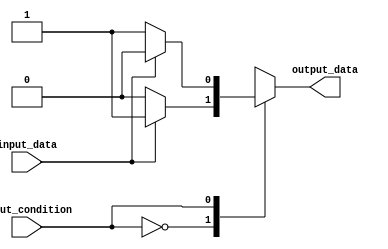
module case_statement_with_if_else (
    input input_condition,
    input input_data,
    output reg output_data
);

always @* begin
    case (input_condition)
        2'b00: begin
            if (input_data == 1'b0) begin
                output_data <= 1'b0;
            end
            else begin
                output_data <= 1'b1;
            end
        end
        2'b01: begin
            if (input_data == 1'b0) begin
                output_data <= 1'b1;
            end
            else begin
                output_data <= 1'b0;
            end
        end
        2'b10: begin
            if (input_data == 1'b0) begin
                output_data <= 1'b1;
            end
            else begin
                output_data <= 1'b1;
            end
        end
        2'b11: begin
            if (input_data == 1'b0) begin
                output_data <= 1'b0;
            end
            else begin
                output_data <= 1'b0;
            end
        end
    endcase
end

endmodule